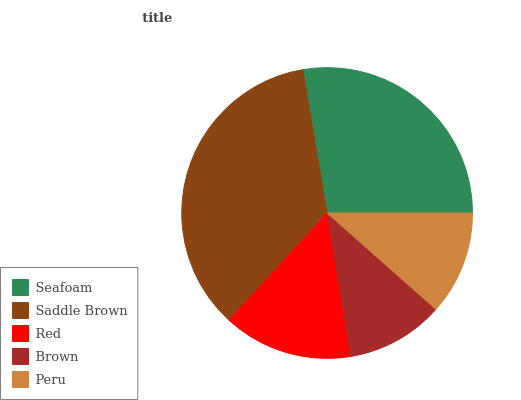
| Seafoam | Saddle Brown | Red | Brown | Peru |
 | --- | --- | --- | --- | --- |
 | 27.7% | 35.5% | 14.4% | 10.9% | 11.5% |